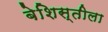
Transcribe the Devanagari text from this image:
बेशिस्तीला